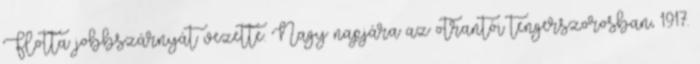
Flotta jobbszárnyát vezette. Nagy napjára az otrantói tengerszorosban, 1917.